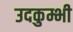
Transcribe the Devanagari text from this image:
उदकुम्भी